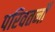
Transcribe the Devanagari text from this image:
परिवतर्नों